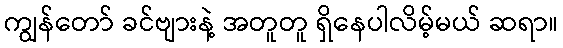
ကျွန်တော် ခင်ဗျားနဲ့ အတူတူ ရှိနေပါလိမ့်မယ် ဆရာ။